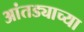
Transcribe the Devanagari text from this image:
आंतड्याच्या